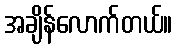
အချိန်လောက်တယ်။